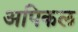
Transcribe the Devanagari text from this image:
अपिकल